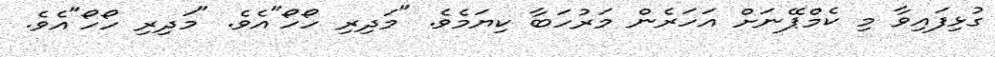
ގުޅިފައިވާ މި ކެމްޕޭނަށް އަހަރެން މަރުހަބާ ކިޔަމެވެ. "މަދިރި ހޯހޯ"އެވެ. "މަދިރި ހޯހޯ"އެވެ.